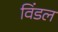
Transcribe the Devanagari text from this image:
विंडल